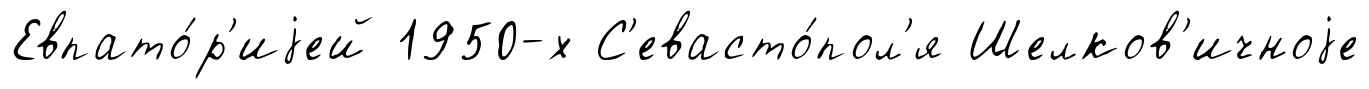
Евпато́р'иjей 1950-х С'евасто́пол'я Шелков'ичноjе